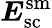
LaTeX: \boldsymbol{E}_{\mathrm{sc}}^{\mathrm{sm}}